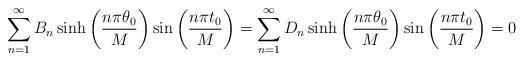
LaTeX: \begin{align*}\begin{aligned}\sum_{n=1}^{\infty}B_n \sinh\left(\frac{n\pi\theta_0}{M}\right)\sin\left(\frac{n\pi t_0}{M}\right)=\sum_{n=1}^{\infty}D_n \sinh\left(\frac{n\pi\theta_0}{M}\right)\sin\left(\frac{n\pi t_0}{M}\right)=0\end{aligned}\end{align*}